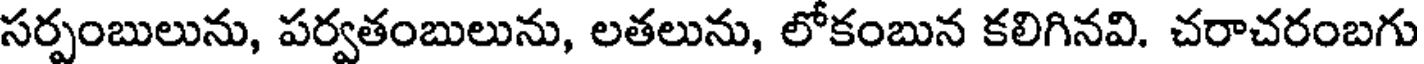
సర్పంబులును, పర్వతంబులును, లతలును, లోకంబున కలిగినవి. చరాచరంబగు